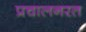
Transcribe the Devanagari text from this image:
प्रचालनरत